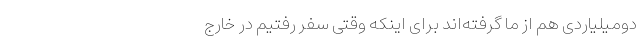
دو‌میلیاردی هم از ما گرفته‌اند برای اینکه وقتی سفر رفتیم در خارج